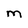
Character: m